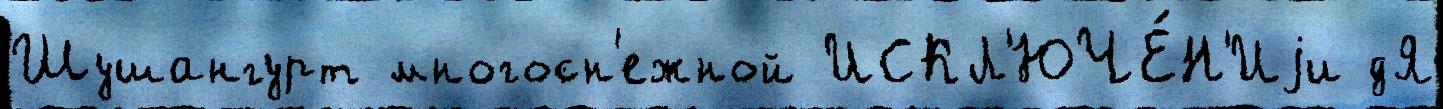
Шушангурт многосн'ежной ИСКЛ'ЮЧЕ́Н'Иjи дЯ